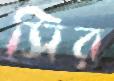
সির